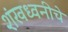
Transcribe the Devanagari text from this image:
शंखध्वनीचे